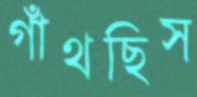
গাঁথছিস